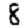
Digit: 8